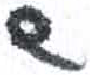
אות: ש